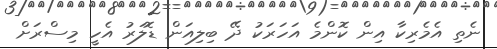
ނެތި އެމެރިކާ އިން ކޮންމެ އަހަރަކު ދޭ ބިލިއަން ޑޮލަރު އެހީ މިސްރަށް